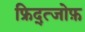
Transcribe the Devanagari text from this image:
फ्रिद्त्जोफ़